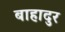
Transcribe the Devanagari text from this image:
बाहादुर